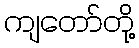
ကျတော်တို့